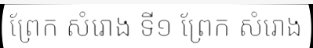
ព្រែក សំរោង ទី១ ព្រែក សំរោង